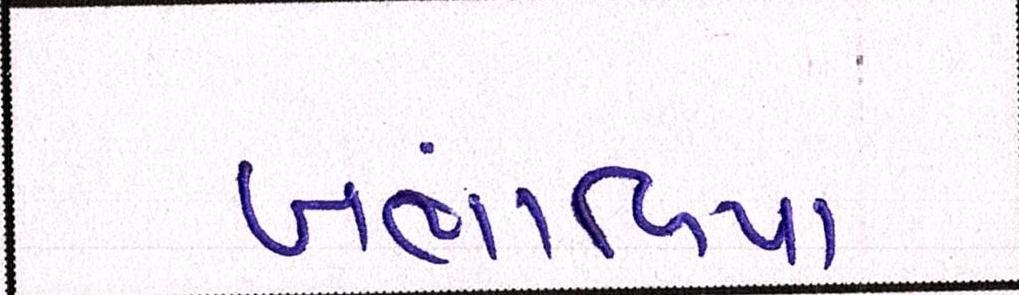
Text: ખંભાળિયા